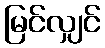
မြင်လျှင်